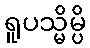
ရူပသ္မိမ္ပိ